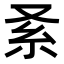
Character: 𠬹